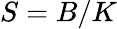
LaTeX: S=B/K